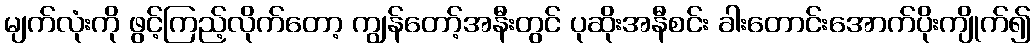
မျက်လုံးကို ဖွင့်ကြည့်လိုက်တော့ ကျွန်တော့်အနီးတွင် ပုဆိုးအနီစင်း ခါးတောင်းအောက်ပိုးကျိုက်၍